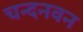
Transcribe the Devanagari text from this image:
चन्दनवन